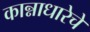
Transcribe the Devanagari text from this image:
कान्नाधारेचे